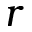
r